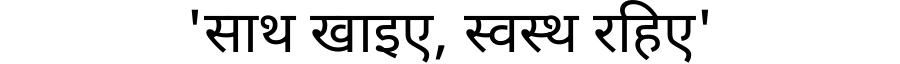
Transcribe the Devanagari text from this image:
'साथ खाइए, स्वस्थ रहिए'